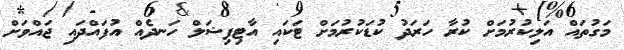
މަގުތައް އަލިކުރުމަށް ކުރާ ހަރަދު ކުޑަކުރުމަށް ޓަކައި އާޓިފިޝަލް ހަނދެއް އުފައްދައި ޖައްވަށް